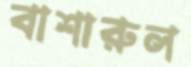
বাশারুল